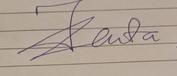
Signature authenticity: genuine